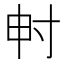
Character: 𡬤